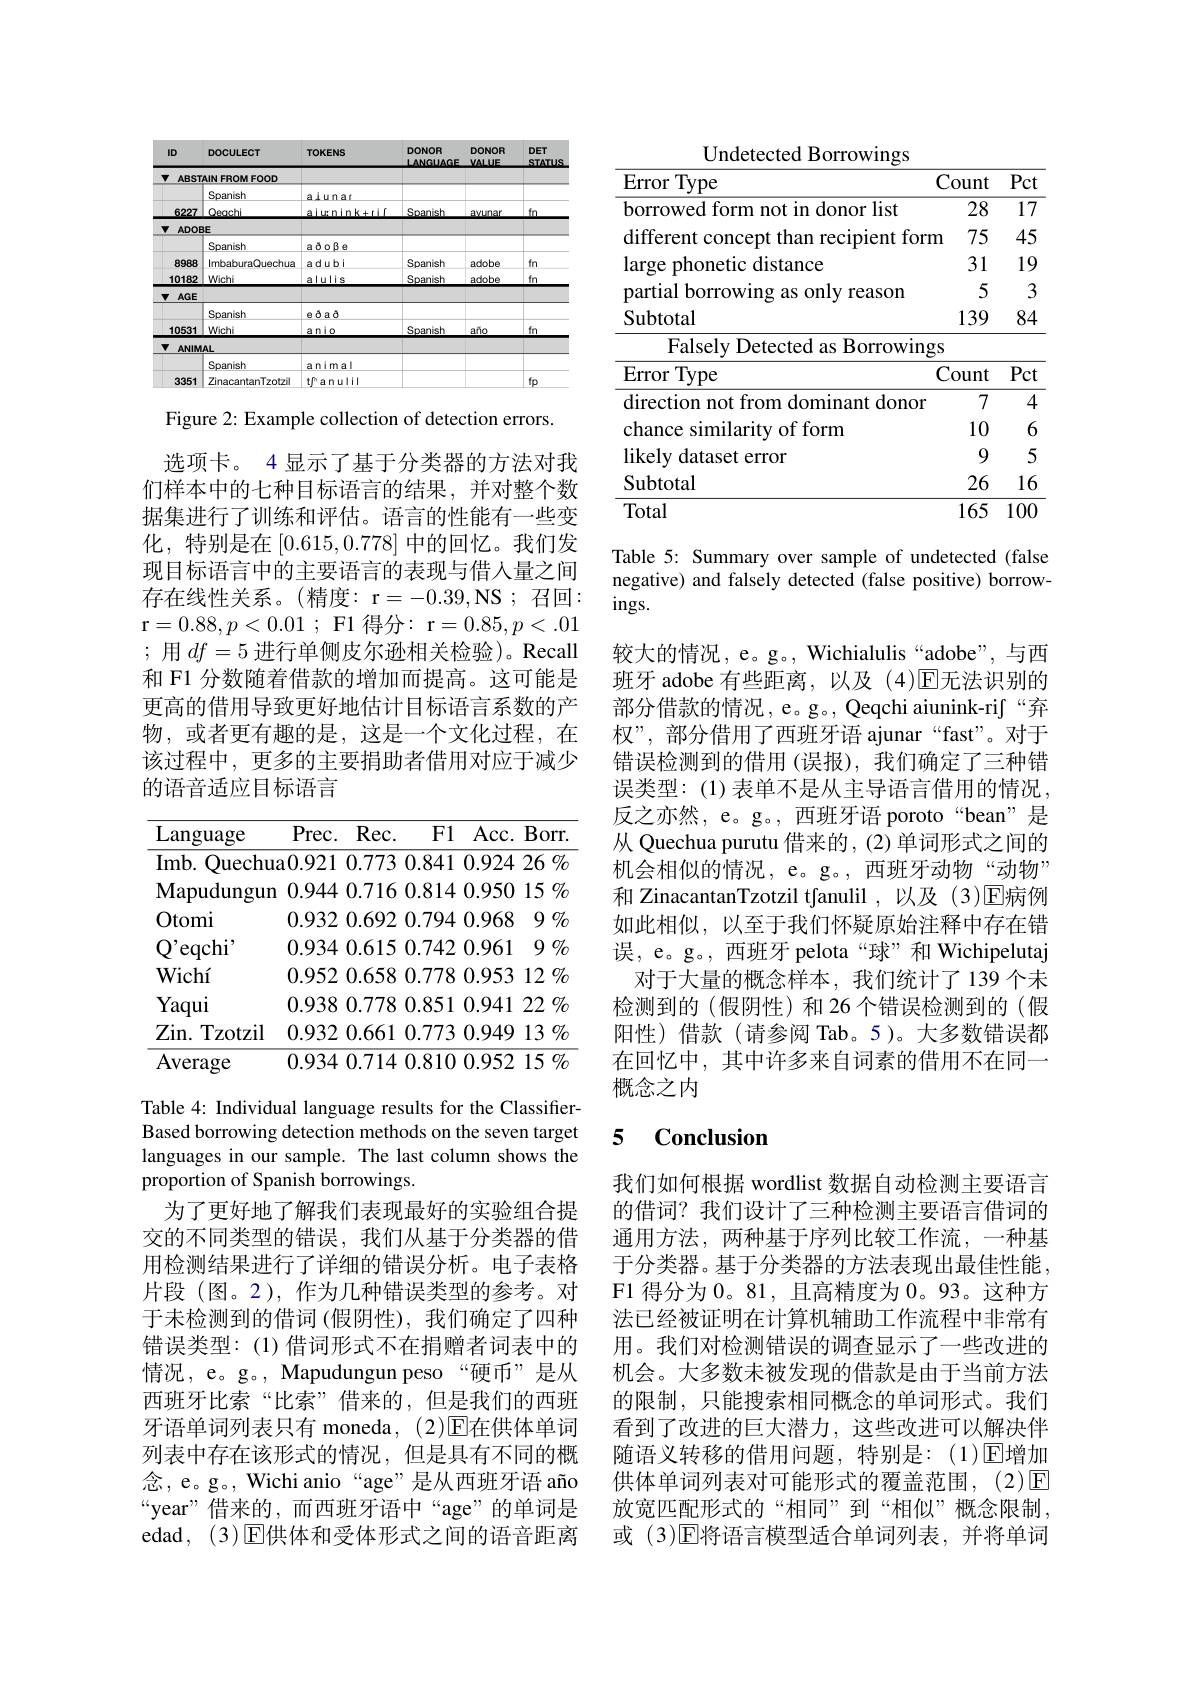
<FigureHere>

Figure 2: Example collection of detection errors.

选项卡。4 显示了基于分类器的方法对我们样本中的七种目标语言的结果，并对整个数据集进行了训练和评估。语言的性能有一些变化，特别是在[0.615,0.778] 中的回忆。我们发现目标语言中的主要语言的表现与借入量之间存在线性关系。(精度：r=-0.39,NS;召回： $\textbf{r}= 0. 88, p< 0. 01$ ; F1 得 分 : r$= 0. 85, p< . 01$ ;用$df=5$进行单侧皮尔逊相关检验)。Recall 和 F1 分数随着借款的增加而提高。这可能是更高的借用导致更好地估计目标语言系数的产物，或者更有趣的是，这是一个文化过程，在该过程中，更多的主要捐助者借用对应于减少的语音适应目标语言

<table>
	<tbody>
		<tr>
			<th>Language</th>
			<th>Prec. $Rec.$ $F1$ Acc. Borr</th>
		</tr>
		<tr>
			<td>Quechu Imb. </td>
			<td>a0.921 0.773 0.841 0.924 26 %</td>
		</tr>
		<tr>
			<td>$\mathbf{Mapudungun}$</td>
			<td>0.944 0.716 0.814 0.950 15 $\%$</td>
		</tr>
		<tr>
			<td>Otomi</td>
			<td>0.932 0.692 0.794 0.968 $9\%$</td>
		</tr>
		<tr>
			<td>$\mathbb{Q}^{\prime}\epsilon$ eqchi</td>
			<td>0.934 0.615 0.742 0.961 $9\%$</td>
		</tr>
		<tr>
			<td>Wichí</td>
			<td>0.952 0.658 0.778 0.953 12 $\%$</td>
		</tr>
		<tr>
			<td>Yaqui</td>
			<td>0.938 0.778 0.851 0.941 22 $\%$</td>
		</tr>
		<tr>
			<td>$Zin.$ Tzotzil</td>
			<td>0.932 0.661 0.773 0.949 13 $\%$</td>
		</tr>
		<tr>
			<td>Average</td>
			<td>0.934 0.714 0.810 0.952 15 $\%$</td>
		</tr>
	</tbody>
</table>

Table 4: Individual language results for the ClassifierBased borrowing detection methods on the seven target languages in our sample. The last column shows the proportion of Spanish borrowings.
为了更好地了解我们表现最好的实验组合提交的不同类型的错误，我们从基于分类器的借用检测结果进行了详细的错误分析。电子表格片段(图。2),作为几种错误类型的参考。对于未检测到的借词(假阴性),我们确定了四种错误类型：(1)借词形式不在捐赠者词表中的情况，e。g。, Mapudungun peso“硬币”是从西班牙比索“比索”借来的，但是我们的西班牙语单词列表只有 moneda, (2)$\overline{\mathrm{E}}$在供体单词列表中存在该形式的情况，但是具有不同的概念，e。g。, Wichi anio“age”是从西班牙语 año “year”借来的，而西班牙语中“age”的单词是edad, (3)E供体和受体形式之间的语音距离

<table>
	<tbody>
		<tr>
			<th>$\operatorname{Error}$Type</th>
			<th>$0unt$</th>
			<th>Pct</th>
		</tr>
		<tr>
			<td>borrowed form not in donor list</td>
			<td>28</td>
			<td>$\overline{17}$</td>
		</tr>
		<tr>
			<td>different concept than recipient form</td>
			<td>75</td>
			<td>45</td>
		</tr>
		<tr>
			<td>large phonetic distance</td>
			<td>31</td>
			<td>19</td>
		</tr>
		<tr>
			<td>partial borrowing as only reason</td>
			<td>5</td>
			<td>3</td>
		</tr>
		<tr>
			<td>Subtotal</td>
			<td>139</td>
			<td>84</td>
		</tr>
		<tr>
			<td>Falsely Detected as Borrowings</td>
			<td> </td>
			<td> </td>
		</tr>
		<tr>
			<td>Error Type $\mathbf{C}$</td>
			<td>$0unt$</td>
			<td>Pct</td>
		</tr>
		<tr>
			<td>direction not from dominant donor</td>
			<td>7</td>
			<td>4</td>
		</tr>
		<tr>
			<td>chance similarity of form</td>
			<td>10</td>
			<td>6</td>
		</tr>
		<tr>
			<td>likely dataset error</td>
			<td>9</td>
			<td>5</td>
		</tr>
		<tr>
			<td>Subtotal</td>
			<td>26</td>
			<td>16</td>
		</tr>
		<tr>
			<td>Total</td>
			<td>165</td>
			<td>100</td>
		</tr>
	</tbody>
</table>

Table 5: Summary over sample of undetected (false negative) and falsely detected (false positive) borrow- $ings.$
较大的情况，e。g。, Wichialulis “adobe”, 与西班牙 adobe 有些距离，以及(4)$\mathbb{E}$无法识别的部分借款的情况，e。g。, Qeqchi aiunink-rij“弃权”,部分借用了西班牙语 ajunar“fast”。对于错误检测到的借用(误报),我们确定了三种错误类型：(1)表单不是从主导语言借用的情况反之亦然，e。g。, 西班牙语 poroto“bean”是从 Quechua purutu 借来的，(2)单词形式之间的机会相似的情况，e。g。,西班牙动物“动物” 和 ZinacantanTzotzil tfanulil ,以及 (3)☑病例如此相似，以至于我们怀疑原始注释中存在错误，e。g。, 西班牙 pelota“球”和 Wichipelutaj
对于大量的概念样本，我们统计了139个未检测到的(假阴性)和26个错误检测到的(假阳性)借款(请参阅 Tab。5)。大多数错误都在回忆中，其中许多来自词素的借用不在同一概念之内

### 5 $\textbf{Conclusion}$

我们如何根据 wordlist 数据自动检测主要语言的借词？我们设计了三种检测主要语言借词的通用方法，两种基于序列比较工作流，一种基于分类器。基于分类器的方法表现出最佳性能， F1 得分为0。81,且高精度为0。93。这种方法已经被证明在计算机辅助工作流程中非常有用。我们对检测错误的调查显示了一些改进的机会。大多数未被发现的借款是由于当前方法的限制，只能搜索相同概念的单词形式。我们看到了改进的巨大潜力，这些改进可以解决伴随语义转移的借用问题，特别是：(1)☑增加供体单词列表对可能形式的覆盖范围，(2)☑ 放宽匹配形式的“相同”到“相似”概念限制， 或 (3)$\mathbb{E}$将语言模型适合单词列表，并将单词